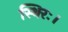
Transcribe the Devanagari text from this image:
स्थिरः।